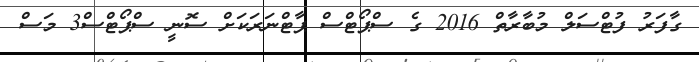
ގާފަރު ފުޓްސަލް މުބާރާތް 2016 ގެ ސްޕޯޓްސް ޕާޓްނަރަކަށް ސޮނީ ސްޕޯޓްސް3 މަސް